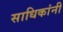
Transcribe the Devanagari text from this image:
साधिकांनी